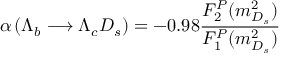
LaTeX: \alpha \left( \Lambda _ { b } \longrightarrow \Lambda _ { c } D _ { s } \right) = - 0 . 9 8 \frac { { \cal F } _ { 2 } ^ { P } ( m _ { D _ { s } } ^ { 2 } ) } { { \cal F } _ { 1 } ^ { P } ( m _ { D _ { s } } ^ { 2 } ) }